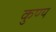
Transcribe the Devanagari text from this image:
कुण्य